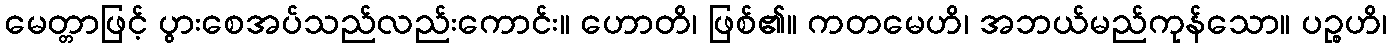
မေတ္တာဖြင့် ပွားစေအပ်သည်လည်းကောင်း။ ဟောတိ၊ ဖြစ်၏။ ကတမေဟိ၊ အဘယ်မည်ကုန်သော။ ပဉ္စဟိ၊